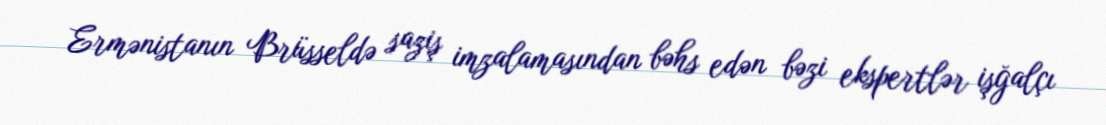
Ermənistanın Brüsseldə saziş imzalamasından bəhs edən bəzi ekspertlər işğalçı